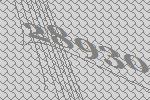
28930